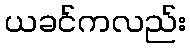
ယခင်ကလည်း